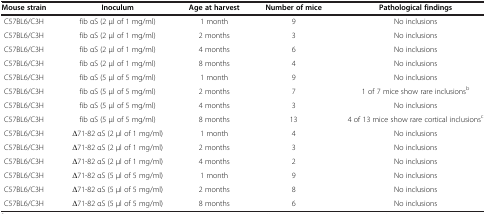
| Mouse strain | Inoculum | Age at harvest | Number of mice | Pathological findings |
 | --- | --- | --- | --- | --- |
 | C57BL6/C3H | fib αS (2 μl of 1 mg/ml) | 1 month | 9 | No inclusions |
 | C57BL6/C3H | fib αS (2 μl of 1 mg/ml) | 2 months | 3 | No inclusions |
 | C57BL6/C3H | fib αS (2 μl of 1 mg/ml) | 4 months | 6 | No inclusions |
 | C57BL6/C3H | fib αS (2 μl of 1 mg/ml) | 8 months | 4 | No inclusions |
 | C57BL6/C3H | fib αS (5 μl of 5 mg/ml) | 1 month | 9 | No inclusions |
 | C57BL6/C3H | fib αS (5 μl of 5 mg/ml) | 2 months | 7 | 1 of 7 mice show rare inclusionsb |
 | C57BL6/C3H | fib αS (5 μl of 5 mg/ml) | 4 months | 3 | No inclusions |
 | C57BL6/C3H | fib αS (5 μl of 5 mg/ml) | 8 months | 13 | 4 of 13 mice show rare cortical inclusionsc |
 | C57BL6/C3H | Δ71-82 αS (2 μl of 1 mg/ml) | 1 month | 4 | No inclusions |
 | C57BL6/C3H | Δ71-82 αS (2 μl of 1 mg/ml) | 2 months | 3 | No inclusions |
 | C57BL6/C3H | Δ71-82 αS (2 μl of 1 mg/ml) | 4 months | 2 | No inclusions |
 | C57BL6/C3H | Δ71-82 αS (5 μl of 5 mg/ml) | 1 month | 9 | No inclusions |
 | C57BL6/C3H | Δ71-82 αS (5 μl of 5 mg/ml) | 2 months | 8 | No inclusions |
 | C57BL6/C3H | Δ71-82 αS (5 μl of 5 mg/ml) | 8 months | 6 | No inclusions |